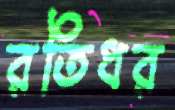
রতিধর